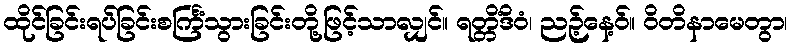
ထိုင်ခြင်းရပ်ခြင်းစင်္ကြံသွားခြင်းတို့ဖြင့်သာလျှင်။ ရတ္တိံဒိဝံ၊ ညဉ့်နေ့ဝ်။ ဝိတိနာမေတွာ၊